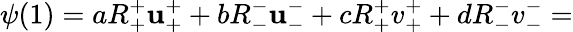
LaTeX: \psi(1)=aR_{+}^{+}\mathbf{u}_{+}^{+}+bR_{-}^{-}\mathbf{u}_{-}^{-}+cR_{+}^{+}v_{+}^{+}+dR_{-}^{-}v_{-}^{-}=